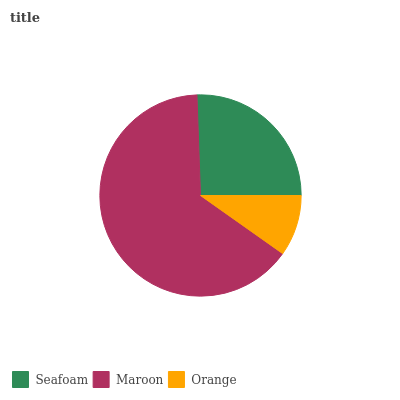
| Seafoam | Maroon | Orange |
 | --- | --- | --- |
 | 25.6% | 64.6% | 9.79% |